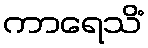
ကာရေသိံ